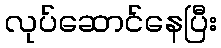
လုပ်ဆောင်နေပြီး